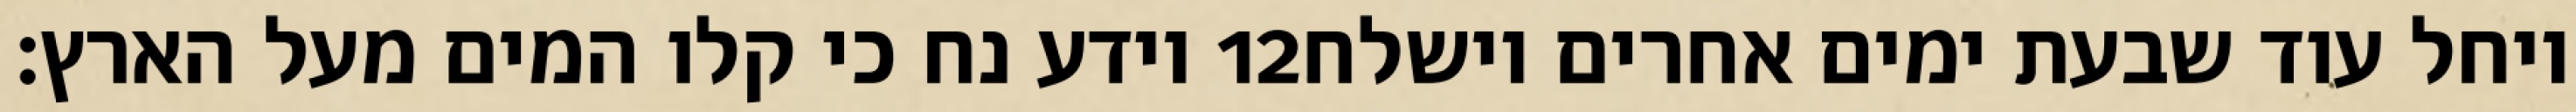
וידע נח כי קלו המים מעל הארץ׃ ‎12‏ ויחל עוד שבעת ימים אחרים וישלח